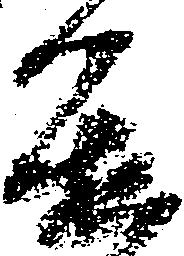
進